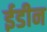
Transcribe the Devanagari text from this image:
ईडीन